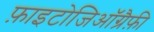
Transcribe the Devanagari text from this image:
फ़ाइटोजिऑग्रैफ़ी